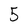
Character: 5